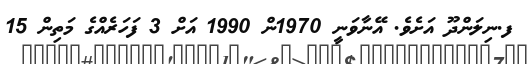
ފ.ނިލަންދޫ އަށެވެ. އޭނާވަނީ 1970ން 1990 އަށް 3 ފަހަރެއްގެ މަތިން 15